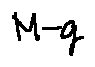
M - g